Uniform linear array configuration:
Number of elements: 4
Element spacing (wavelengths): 0.25
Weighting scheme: cosine
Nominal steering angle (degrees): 15
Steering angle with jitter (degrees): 16.652
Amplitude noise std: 0.05
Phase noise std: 0.05

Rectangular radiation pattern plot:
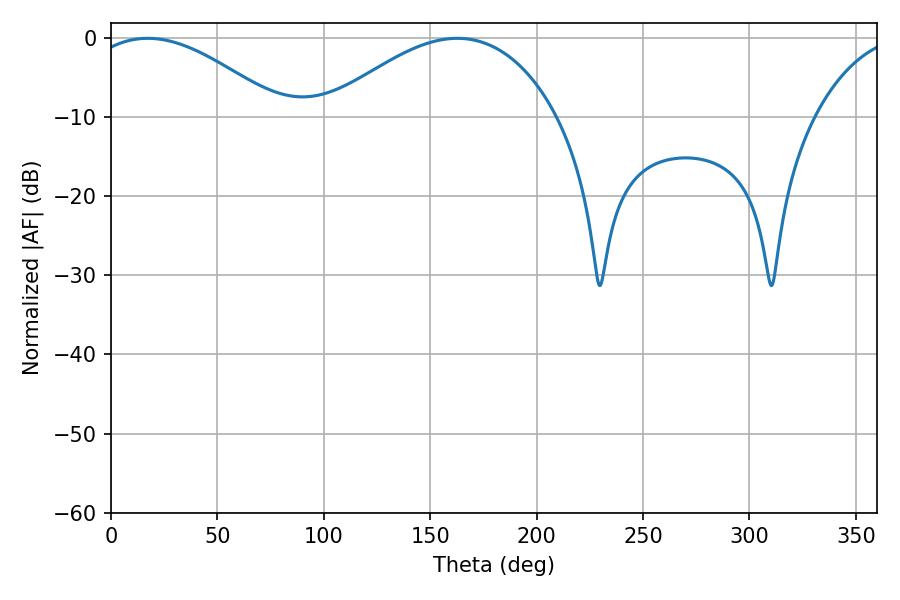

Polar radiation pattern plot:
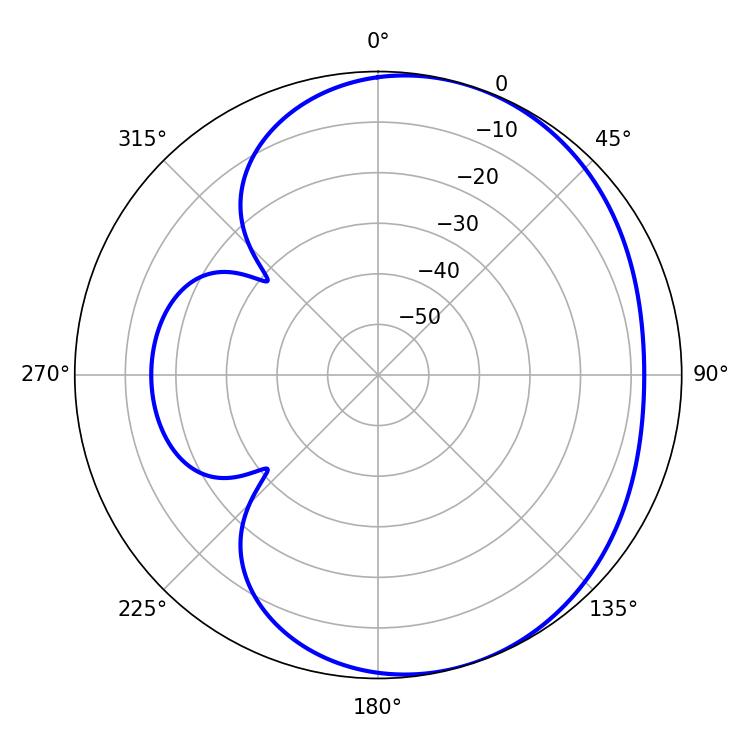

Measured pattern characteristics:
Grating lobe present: FALSE
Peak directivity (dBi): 3.932
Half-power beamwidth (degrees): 50.4
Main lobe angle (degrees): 17.28